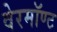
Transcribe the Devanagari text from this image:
वेरमॉण्ट